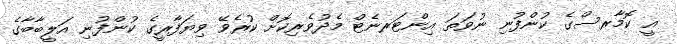
އީ ކޮމާރސްގެ ކުންފުނި ނުވަތަ އިންޓަރނެޓް މެދުވެރިކޮށް ކުރެވޭ ވިޔަފާރީގެ ކުންފުނި އަލީބާބާގެ